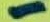
Text: 1